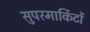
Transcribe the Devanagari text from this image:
सुपरमार्किटों